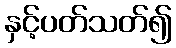
နှင့်ပတ်သတ်၍